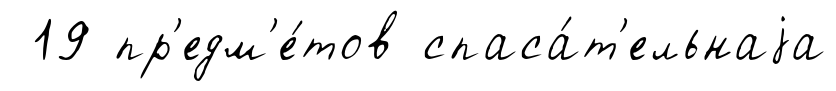
19 пр'едм'е́тов спаса́т'ельнаjа